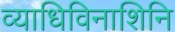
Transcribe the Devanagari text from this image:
व्याधिविनाशिनि